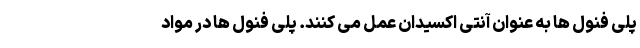
پلی فنول ها به عنوان آنتی اکسیدان عمل می کنند. پلی فنول ها در مواد